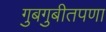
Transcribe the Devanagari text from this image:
गुबगुबीतपणा